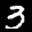
Label: 3